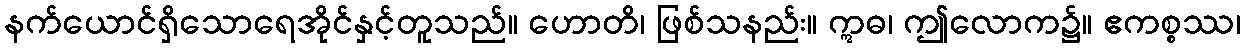
နက်ယောင်ရှိသောရေအိုင်နှင့်တူသည်။ ဟောတိ၊ ဖြစ်သနည်း။ ဣဓ၊ ဤလောက၌။ ဧကစ္စဿ၊